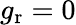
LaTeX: g_{\mathrm{r}}=0